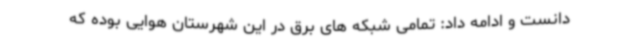
دانست و ادامه داد: تمامی شبکه های برق در این شهرستان هوایی بوده که